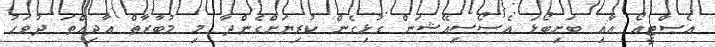
އެސްޓީއޯ އާއި ބަށިބޯޅަ އެސޯސިއޭޝަން ގުޅިގެން ކުރިޔަށްގެންދާ މި މުބާރާތް އާދިއްތަ ދުވަހު